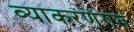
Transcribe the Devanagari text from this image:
व्याकरणगत